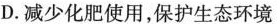
D.减少化肥使用，保护生态环境